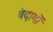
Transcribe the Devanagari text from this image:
वेदागों